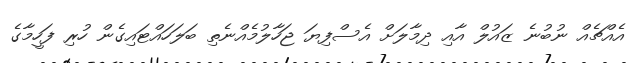
އެއްޗެއް ނުބުނެ ޒައުލް އާއި ދިމާލަށް އެސްފިޔަ ޖަހާލުމެއްނެތި ބަލަހައްޓައިގެން ހުރި ފަހީމާގެ